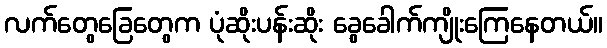
လက်တွေခြေတွေက ပုံဆိုးပန်းဆိုး ခွေခေါက်ကျိုးကြေနေတယ်။